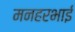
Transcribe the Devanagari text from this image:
मनहरभाई